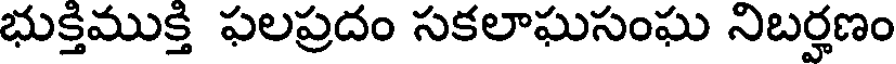
భుక్తిముక్తి ఫలప్రదం సకలాఘసంఘ నిబర్హణం